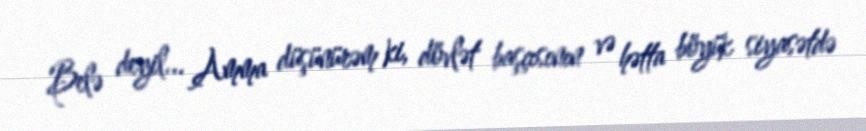
Belə deyil... Amma düşünürəm ki, dövlət başçısının və hətta böyük siyasətdə